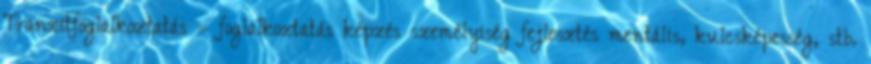
Tranzitfoglalkoztatás = foglalkoztatás képzés személyiség fejlesztés mentális, kulcsképesség, stb.